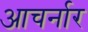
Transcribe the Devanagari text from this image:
आचर्नार